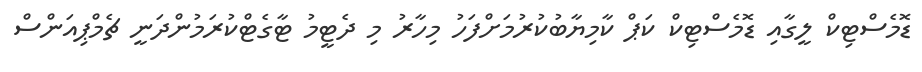
ޑޮމެސްޓިކް ލީގާއި ޑޮމެސްޓިކް ކަޕް ކާމިޔާބުކުރުމަށްފަހު މިހާރު މި ދެޓީމު ޓާގެޓްކުރަމުންދަނީ ޗެމްޕިއަންސް